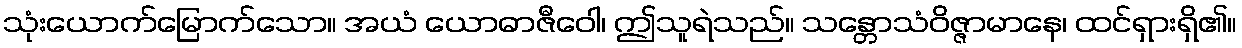
သုံးယောက်မြောက်သော။ အယံ ယောဓာဇီဝေါ၊ ဤသူရဲသည်။ သန္တောသံဝိဇ္ဇာမာနေ၊ ထင်ရှားရှိ၏။